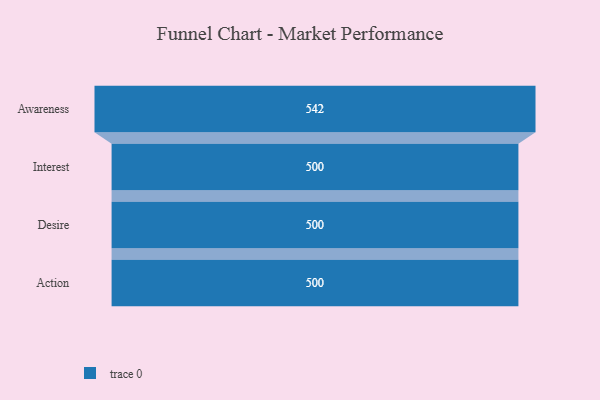
{"axis": {"x": "Stage", "y": "Value"}, "legend": [""], "data": [{"x": "Awareness", "y": 542.0, "type": ""}, {"x": "Interest", "y": 500, "type": ""}, {"x": "Desire", "y": 500, "type": ""}, {"x": "Action", "y": 500, "type": ""}]}